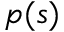
p ( s )